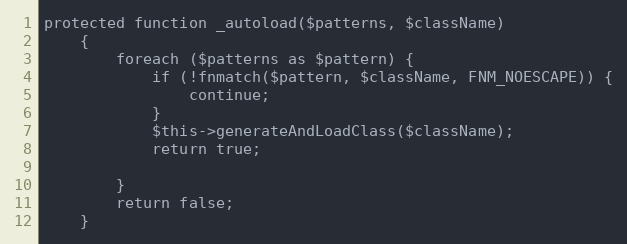
Language: PHP
protected function _autoload($patterns, $className)
    {
        foreach ($patterns as $pattern) {
            if (!fnmatch($pattern, $className, FNM_NOESCAPE)) {
                continue;
            }
            $this->generateAndLoadClass($className);
            return true;

        }
        return false;
    }